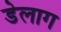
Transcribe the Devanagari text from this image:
डेलाग